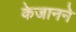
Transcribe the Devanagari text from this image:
केजानने